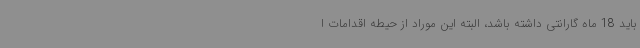
باید 18 ماه گارانتی داشته باشد، البته این موراد از حیطه اقدامات ا